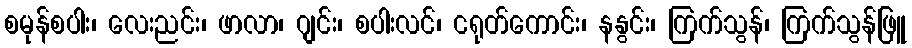
စမုန်စပါး၊ လေးညင်း၊ ဖာလာ၊ ဂျင်း၊ စပါးလင်၊ ငရုတ်ကောင်း၊ နနွင်း၊ ကြက်သွန်၊ ကြက်သွန်ဖြူ